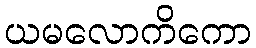
ယမလောကိကော